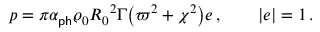
{ \boldsymbol { p } } = \pi \alpha _ { \sf p h } \varrho _ { 0 } { R _ { 0 } } ^ { 2 } \Gamma \bigl ( \varpi ^ { 2 } + \chi ^ { 2 } \bigr ) { \boldsymbol { e } } \, , \qquad | { \boldsymbol { e } } | = 1 \, .